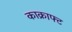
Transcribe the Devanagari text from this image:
काक्राफ्ट